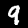
Digit: 9